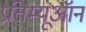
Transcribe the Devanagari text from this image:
प्रतिम्यूऑन